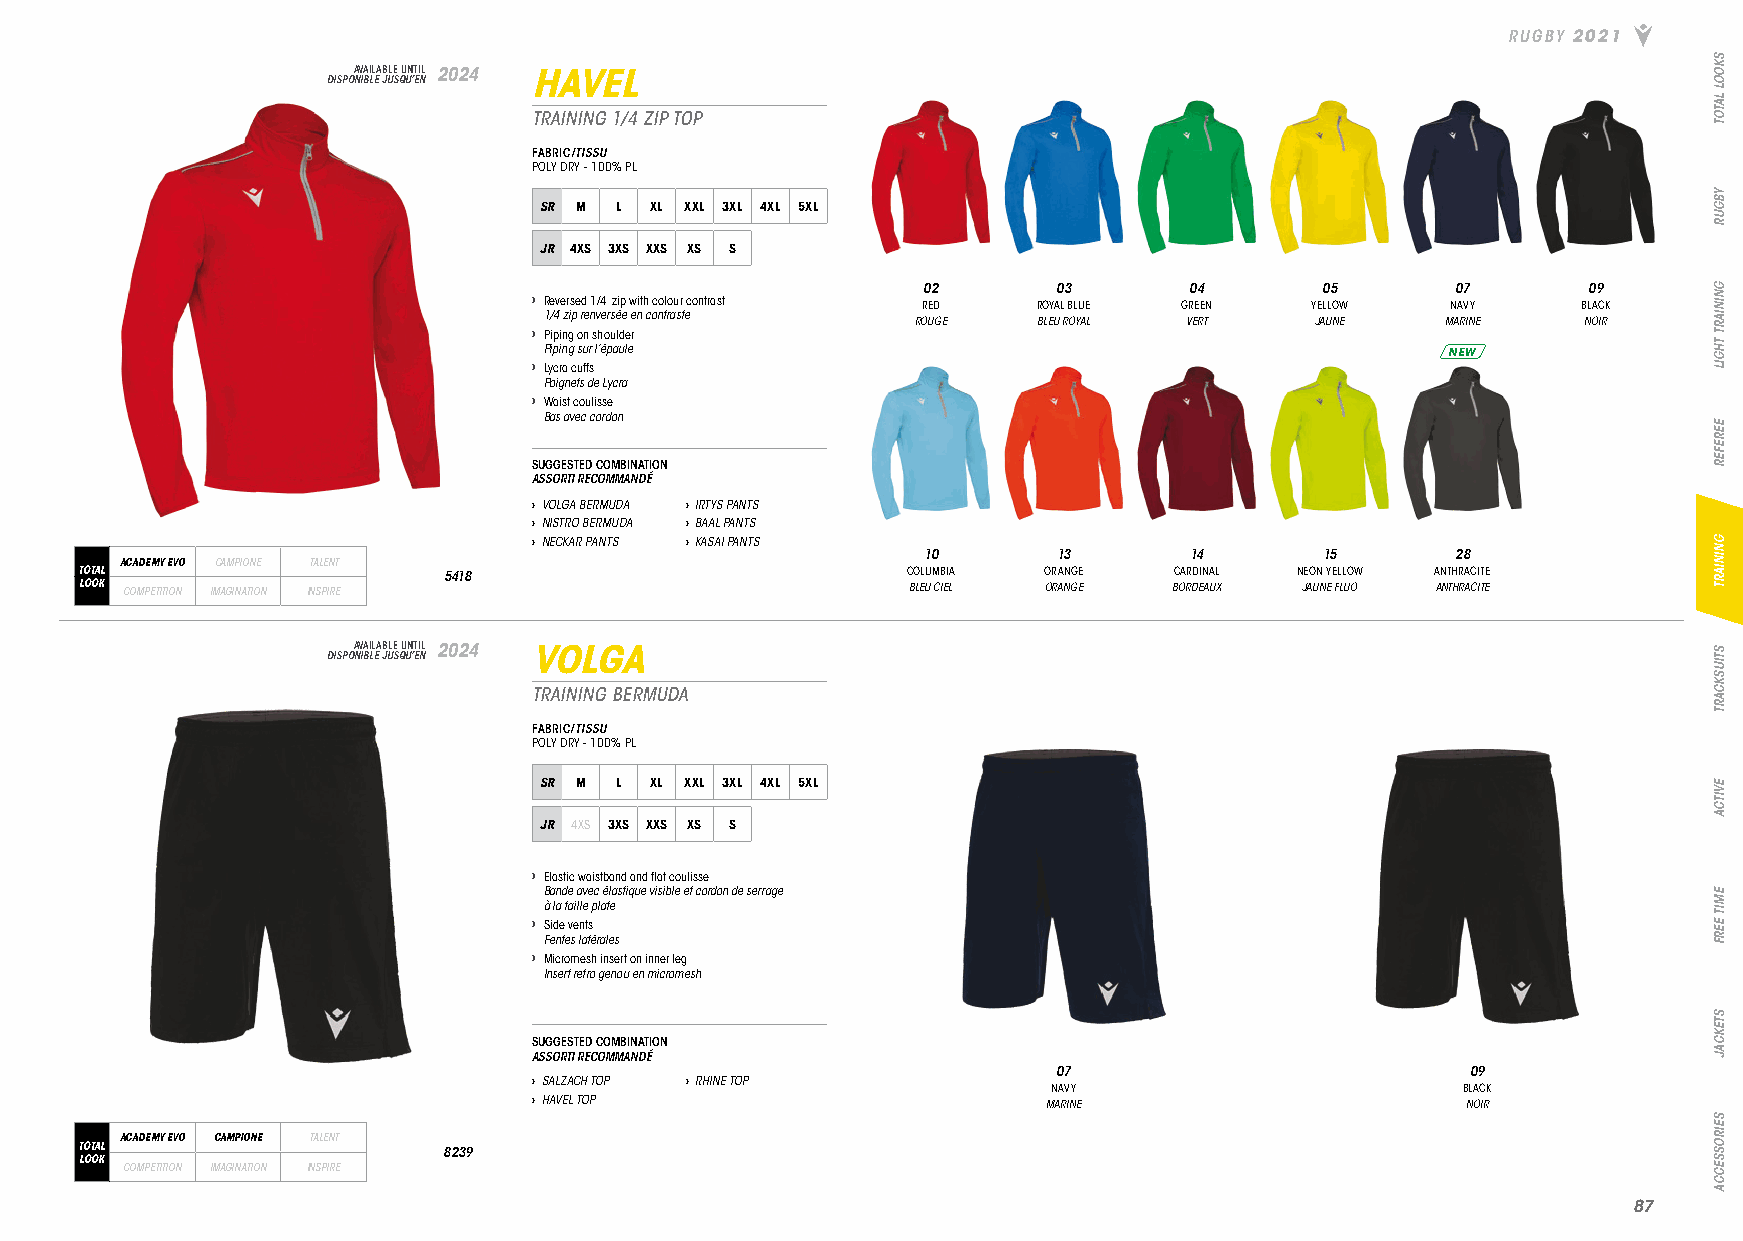
RUGBY 2021
 DISPOA NV IBA LIL EA JB ULE S QU UN ’T EI NL 2024 HAVEL
 TRAINING 1/4 ZIP TOP
 FABRIC/TISSU
 POLY DRY - 100% PL
 SR M L XL XXL 3XL 4XL 5XL
 JR 4XS 3XS XXS XS S
 02       03       04      05       07       09
 › Reversed 1/4 zip with colour contrast RED ROYAL BLUE GREEN YELLOW NAVY BLACK
 1/4 zip renversée en contraste
 ROUGE   BLEU ROYAL VERT   JAUNE    MARINE   NOIR
 › Piping on shoulder
 Piping sur l’épaule                                         NEW
 › Lycra cuffs
 Poignets de Lycra
 › Waist coulisse
 Bas avec cordon
 SUGGESTED COMBINATION
 ASSORTI RECOMMANDÉ
 › VOLGA BERMUDA › IRTYS PANTS
 › NISTRO BERMUDA › BAAL PANTS
 › NECKAR PANTS › KASAI PANTS
 10       13       14       15      28
 ACADEMY EVO CAMPIONE TALENT
 TOTAL                   5418                           COLUMBIA ORANGE   CARDINAL NEON YELLOW ANTHRACITE
 LOOK COMPETITION IMAGINATION INSPIRE                   BLEU CIEL ORANGE  BORDEAUX JAUNE FLUO ANTHRACITE
 DISPOA NV IBA LIL EA JB ULE S QU UN ’T EI NL 2024 VOLGA
 TRAINING BERMUDA
 FABRIC/TISSU
 POLY DRY - 100% PL
 SR M L XL XXL 3XL 4XL 5XL
 JR 4XS 3XS XXS XS S
 › Elastic waistband and flat coulisse
 Bande avec élastique visible et cordon de serrage
 à la taille plate
 › Side vents
 Fentes latérales
 › Micromesh insert on inner leg
 Insert retro genou en micromesh
 SUGGESTED COMBINATION
 ASSORTI RECOMMANDÉ
 07                         09
 › SALZACH TOP › RHINE TOP
 NAVY                       BLACK
 › HAVEL TOP                       MARINE                      NOIR
 ACADEMY EVO CAMPIONE TALENT
 TOTAL                   8239
 LOOK
 COMPETITION IMAGINATION INSPIRE
 8877
 SKOOL
 LATOT
 YBGUR
 GNINIART
 THGIL
 EEREFER
 GNINIART
 STIUSKCART
 EVITCA
 EMIT
 EERF
 STEKCAJ
 SEIROSSECCA